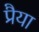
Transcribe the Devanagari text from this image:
प्रैया